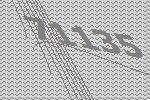
71135